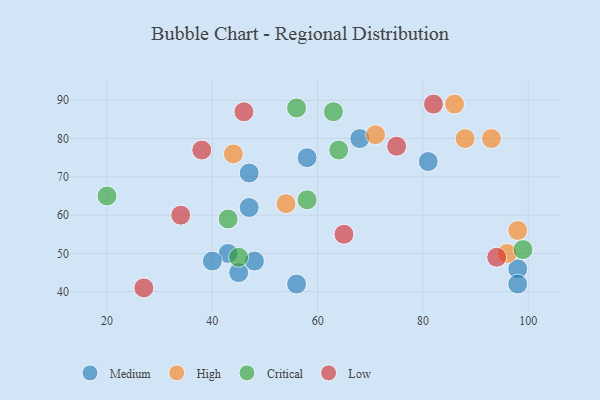
{"axis": {"x": "GDP", "y": "Life Expectancy"}, "legend": ["Critical", "High", "Low", "Medium"], "data": [{"x": "48", "y": 48, "type": "Medium"}, {"x": "43", "y": 50, "type": "Medium"}, {"x": "45", "y": 45, "type": "Medium"}, {"x": "40", "y": 48, "type": "Medium"}, {"x": "47", "y": 62, "type": "Medium"}, {"x": "47", "y": 71, "type": "Medium"}, {"x": "98", "y": 46, "type": "Medium"}, {"x": "56", "y": 42, "type": "Medium"}, {"x": "81", "y": 74, "type": "Medium"}, {"x": "98", "y": 42, "type": "Medium"}, {"x": "68", "y": 80, "type": "Medium"}, {"x": "58", "y": 75, "type": "Medium"}, {"x": "98", "y": 56, "type": "High"}, {"x": "71", "y": 81, "type": "High"}, {"x": "54", "y": 63, "type": "High"}, {"x": "44", "y": 76, "type": "High"}, {"x": "93", "y": 80, "type": "High"}, {"x": "96", "y": 50, "type": "High"}, {"x": "88", "y": 80, "type": "High"}, {"x": "86", "y": 89, "type": "High"}, {"x": "20", "y": 65, "type": "Critical"}, {"x": "43", "y": 59, "type": "Critical"}, {"x": "63", "y": 87, "type": "Critical"}, {"x": "64", "y": 77, "type": "Critical"}, {"x": "45", "y": 49, "type": "Critical"}, {"x": "99", "y": 51, "type": "Critical"}, {"x": "56", "y": 88, "type": "Critical"}, {"x": "58", "y": 64, "type": "Critical"}, {"x": "75", "y": 78, "type": "Low"}, {"x": "27", "y": 41, "type": "Low"}, {"x": "38", "y": 77, "type": "Low"}, {"x": "65", "y": 55, "type": "Low"}, {"x": "46", "y": 87, "type": "Low"}, {"x": "94", "y": 49, "type": "Low"}, {"x": "82", "y": 89, "type": "Low"}, {"x": "34", "y": 60, "type": "Low"}]}